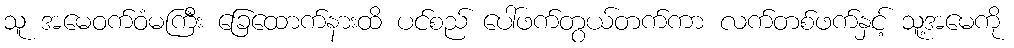
သူ အမေဝက်ဝံမကြီး ခြေထောက်နားထိ ပင်စည် ပေါ်ဖက်တွယ်တက်ကာ လက်တစ်ဖက်နှင့် သူ့အမေကို